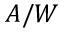
A / W